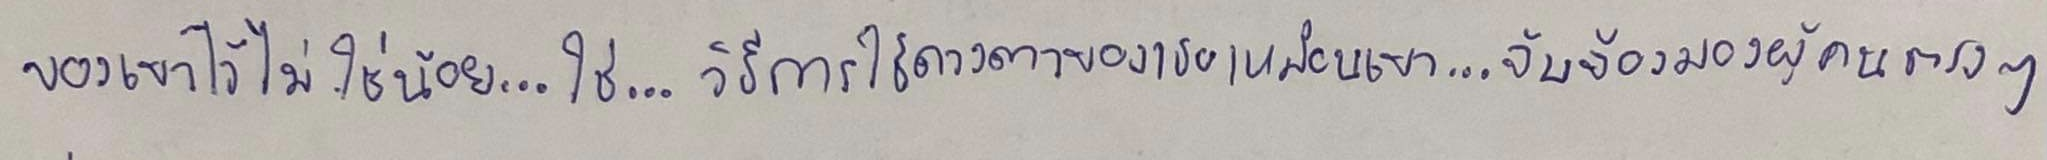
ของเขาไว้ไม่ใช่น้อย...ใช่...วิธีการใช้ดวงตาของเธอเหมือนเขา...จับจ้องมองผู้คนตรงๆ